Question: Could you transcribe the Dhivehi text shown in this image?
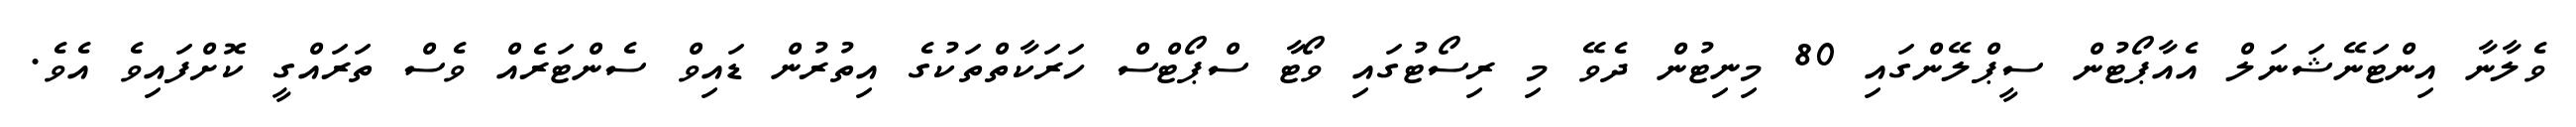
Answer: ވެލާނާ އިންޓަނޭޝަނަލް އެއާޕޯޓުން ސީޕްލޭންގައި 80 މިނިޓުން ދެވޭ މި ރިސޯޓުގައި ވޯޓާ ސްޕޯޓްސް ހަރަކާތްތަކުގެ އިތުރުން ޑައިވް ސެންޓަރެއް ވެސް ތަރައްގީ ކޮށްފައިވެ އެވެ.